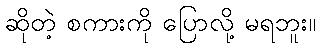
ဆိုတဲ့ စကားကို ပြောလို့ မရဘူး။